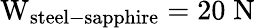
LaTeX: \mathrm{W_{steel-sapphire}=20\; N}